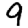
Digit: 9